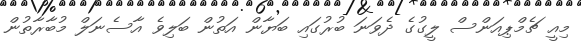
މިއީ ޗެމްޕިއަންސް ލީގުގެ ދެވަނަ ބުރުގައި ބަޔާން އަތުން ބަލިވެ އާސެނަލް މުބާރާތުން